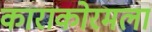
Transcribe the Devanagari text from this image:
काराकोरमला